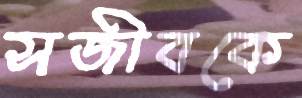
সজীবকে